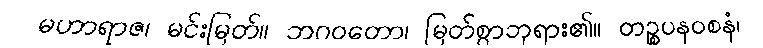
မဟာရာဇ၊ မင်းမြတ်။ ဘဂဝတော၊ မြတ်စွာဘုရား၏။ တဉ္စပနဝစနံ၊